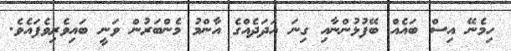
ހިމެނޭ އިސް ބައެއް ބޭފުޅުންނާއި ގިނަ އަދަދެއްގެ އާންމު މެންބަރުން ވަނީ ބައިވެރިވެފައެވެ.